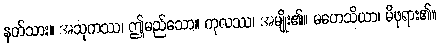
နတ်သား။ အသုကဿ၊ ဤမည်သော။ ကုလဿ၊ အမျိုး၏။ မဟေသိယာ၊ မိဖုရား၏။